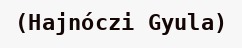
(Hajnóczi Gyula)